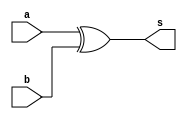
// Exemplo0024 - DIFFERENCE COMPARATOR(6 bits)
// Nome: Tiago Moreira

// -- difference comparator 2 bits

module different(output s, input a, input b);

	//descricao do circuito por portas
	xor x1(s,a,b);

endmodule

// -- equals comparator 6 bits 
module different6(output s, input [0:5]a, input [0:5]b);

	//saidas intermediarias
	wire [0:5]s0;

	//descricao do circuito usando modulos anteriores
	different e1(s0[5],a[5],b[5]);
	different e2(s0[4],a[4],b[4]);
	different e3(s0[3],a[3],b[3]);
	different e4(s0[2],a[2],b[2]);
	different e5(s0[1],a[1],b[1]);
	different e6(s0[0],a[0],b[0]);
	or o1(s,s0[0],s0[1],s0[2],s0[3],s0[4],s0[5]);

endmodule

//------------------
// Test Difference Comparator
//------------------
module testDifference;

// ---- dados locais
//registradores para os operandos
reg [0:5]a = 6'b000000;
reg [0:5]b = 6'b000000;
wire s;

different6 e1(s,a,b);
	
// ---- parte principal

initial
	begin
	
	//execucao unitaria
	$display ("Exemplo0024 - Tiago Moreira - 438948");
	$display ("Difference Comparator 6 bits\nExercicio04\n\n");
	
	#1 $display ("%b != %b = %b",a,b,s);
		a = 6'b111110;	b = 6'b000100;
	#1	$display ("%b != %b = %b",a,b,s);
		b = 6'b111110;
	#1	$display ("%b != %b = %b",a,b,s);
		a = 6'b000111;	b = 6'b111000;
	#1	$display ("%b != %b = %b",a,b,s);
	
	end
endmodule //testDifference

/* -- Documentacao complementar
 
 		Historico
 Nome					Data				Modificacao
 Exemplo0021			01/09/2011		Esboco Full Adder 6 bits
 Exemplo0022			01/09/2011		Esboco Full Subtractor 6 bits
 Exemplo0023			01/09/2011		Esboco Equals Comparator 6 bits
 Exemplo0024			01/09/2011		Esboco Difference Comparator 6 bits

			Testes e Resultados

 Exemplo0021
		Full Adder 6 bits (1 sinal - 5 amplitude)
		
		000000 + 000000 = 000000
		111110 + 000100 = 000010
		111110 + 111110 = 111100
		000111 + 111000 = 111111
		
 Exemplo0022
		Full Subtractor 6 bits (1 sinal - 5 amplitude)
		
		000000 - 000000 = 000000
		111110 - 000100 = 111010
		111110 - 111110 = 000000
		000111 - 111000 = 001111

 Exemplo0023
		Equals Comparator 6 bits
		
		000000 == 000000 = 1
		111110 == 000100 = 0
		111110 == 111110 = 1
		000111 == 111000 = 0
		
 Exemplo0024
		Difference Comparator 6 bits
		
		000000 != 000000 = 0
		111110 != 000100 = 1
		111110 != 111110 = 0
		000111 != 111000 = 1
*/